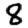
Digit: 8